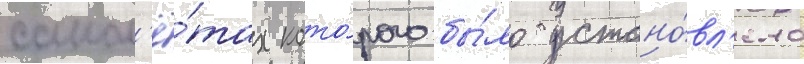
самол'ё́тах кото́рого бы́ло устано́вл'ено